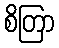
စိတြာ